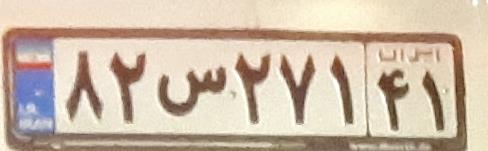
۸۲س۲۷۱۴۱